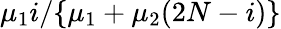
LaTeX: \mu_{1}i/\{ \mu_{1}+\mu_{2}(2N-i)\}